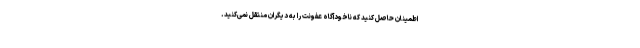
اطمینان حاصل کنید که ناخودآگاه عفونت را به دیگران منتقل نمی‌کنید.